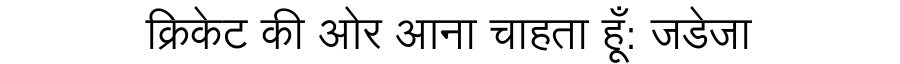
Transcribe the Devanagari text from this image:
क्रिकेट की ओर आना चाहता हूँ: जडेजा